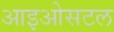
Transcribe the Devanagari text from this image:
आइओसटल